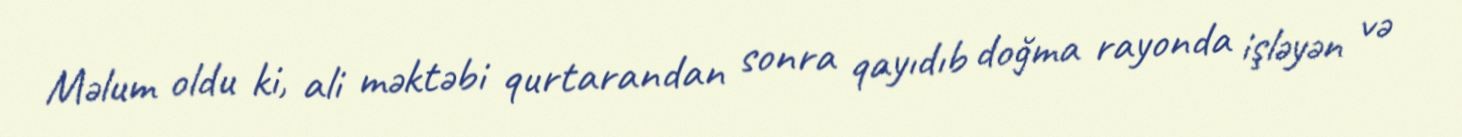
Məlum oldu ki, ali məktəbi qurtarandan sonra qayıdıb doğma rayonda işləyən və